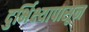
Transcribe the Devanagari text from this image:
दुर्भिक्ष्यापासून